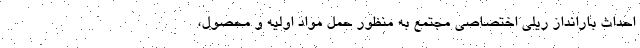
احداث بارانداز ريلي اختصاصي مجتمع به منظور حمل مواد اوليه و محصول،